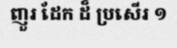
ញួរ ដែក ដ៏ ប្រសើរ ១